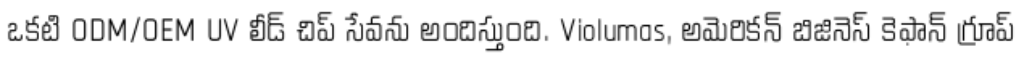
ఒకటి ODM/OEM UV లీడ్ చిప్ సేవను అందిస్తుంది. Violumas, అమెరికన్ బిజినెస్ కెఫాన్ గ్రూప్